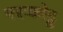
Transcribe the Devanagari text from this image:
मरुकोट्ट